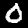
Label: 0